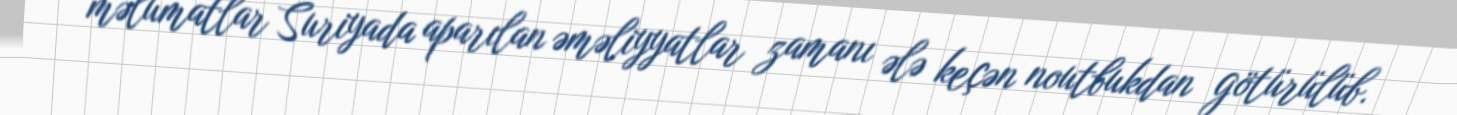
məlumatlar Suriyada aparılan əməliyyatlar zamanı ələ keçən noutbukdan götürülüb.